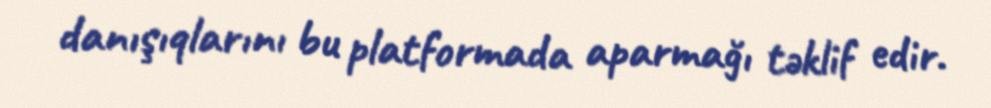
danışıqlarını bu platformada aparmağı təklif edir.